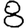
Digit: 8